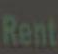
Rent